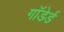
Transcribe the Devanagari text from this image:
गाॅडेर्ड